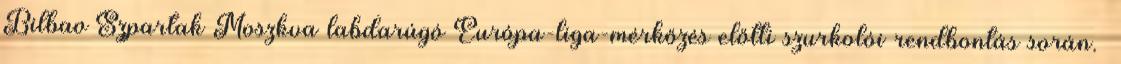
Bilbao–Szpartak Moszkva labdarúgó Európa-liga-mérkőzés előtti szurkolói rendbontás során.